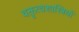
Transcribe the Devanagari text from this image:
वक्तृत्वशास्त्रियों